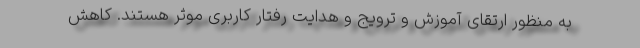
به منظور ارتقای آموزش و ترویج و هدایت رفتار کاربری موثر هستند. کاهش